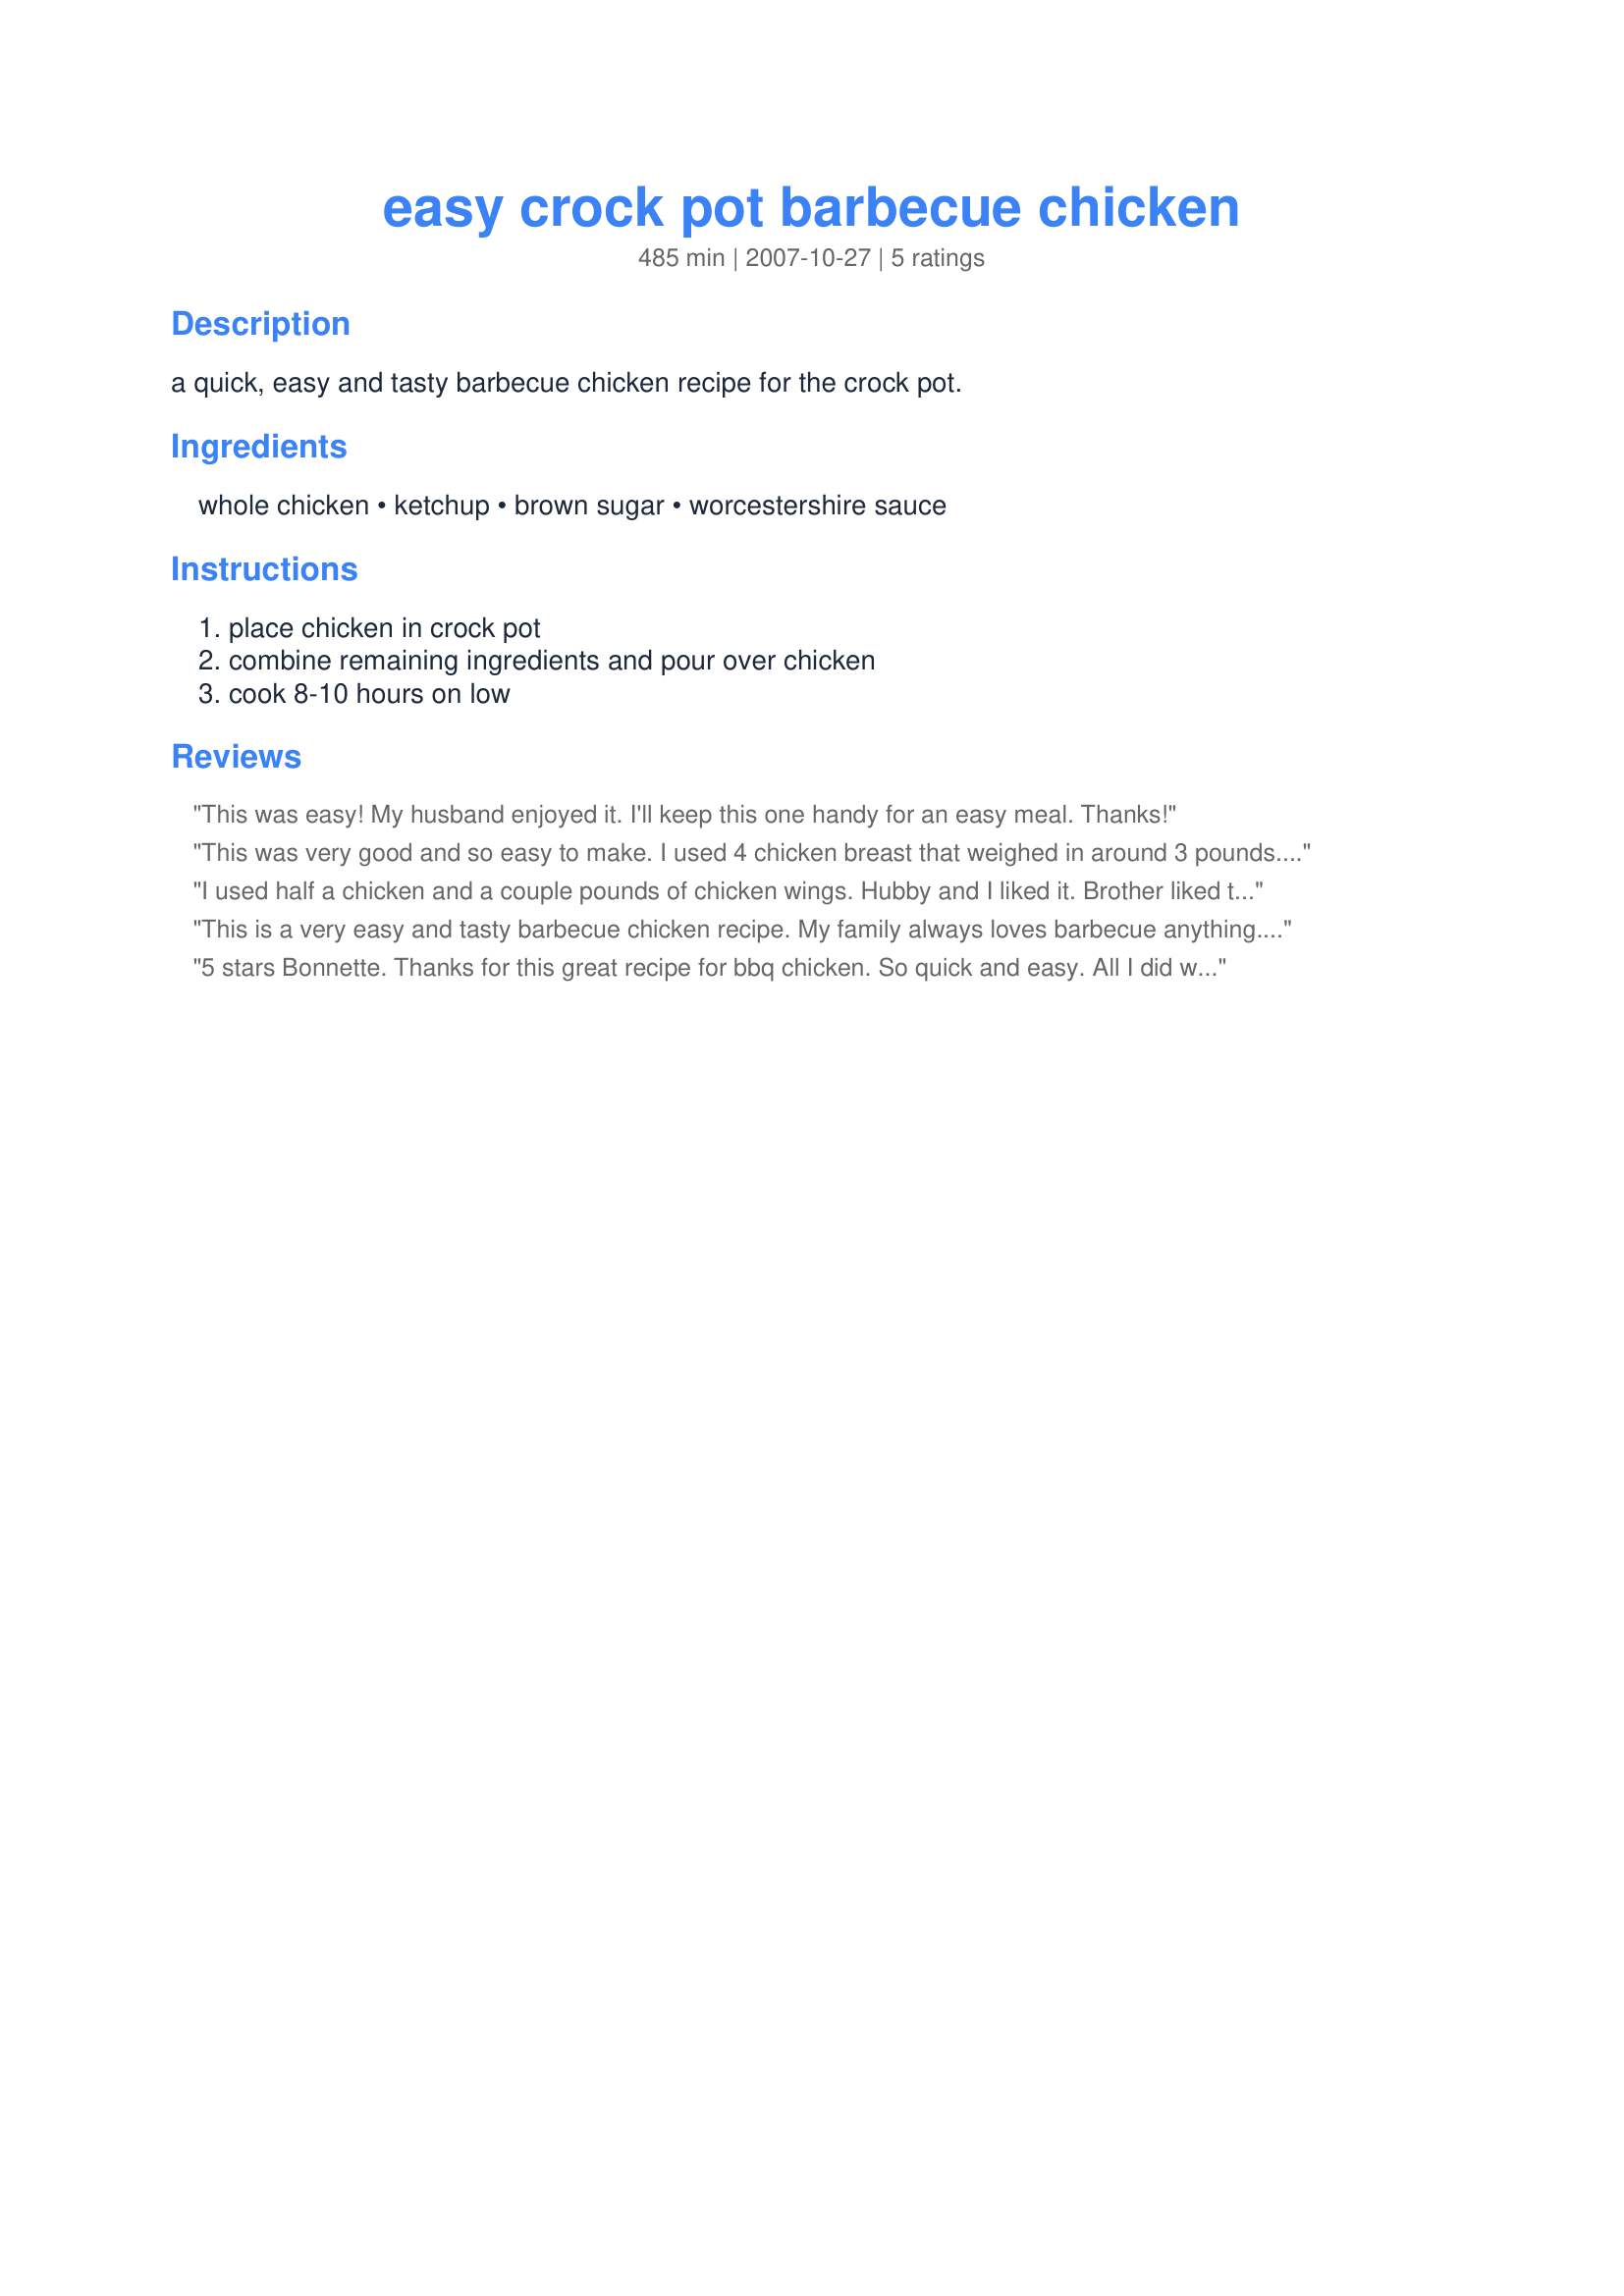
easy crock pot barbecue chicken
Preparation time: 485 minutes

a quick, easy and tasty barbecue chicken recipe for the crock pot.

Ingredients:
whole chicken, ketchup, brown sugar, worcestershire sauce

Steps:
place chicken in crock pot, combine remaining ingredients and pour over chicken, cook 8-10 hours on low

Reviews:
This was easy! My husband enjoyed it. I'll keep this one handy for an easy meal. Thanks!
This was very good and so easy to make. I used 4 chicken breast that weighed in around 3 pounds. I did deviate from the recipe just a little because it was just *screaming* at me to add 1/2 of an onion!! lol I was able to try out my new All-Clad electric slow cooker with this recipe. I will be making this again, thanks for a great recipe! Made for *1 2 3 Hit Wonders* game 2007
I used half a chicken and a couple pounds of chicken wings. Hubby and I liked it. Brother liked the leftoverss. Hubby made it and added several dashes of hot sauce for a little heat. Very good.
This is a very easy and tasty barbecue chicken recipe. My family always loves barbecue anything. Made for Market Game 07
5 stars Bonnette. Thanks for this great recipe for bbq chicken. So quick and easy. All I did was dump in 3/4's of a bag of frozen chicken strips in the crock and followed your ingredients for the bbq sauce and 8 hours later I had very tender and juicy strips. Served w/rice. Great idea that I'll be using again~
